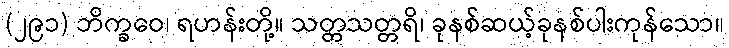
(၂၉၁) ဘိက္ခဝေ၊ ရဟန်းတို့။ သတ္တသတ္တရိ၊ ခုနစ်ဆယ့်ခုနစ်ပါးကုန်သော။